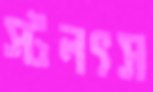
স্টলৎস